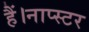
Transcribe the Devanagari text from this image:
हैं।नाप्स्टर